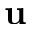
{ \bf u }